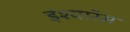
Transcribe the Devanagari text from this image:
इंश्यारेंस